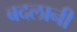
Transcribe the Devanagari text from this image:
बदलानी